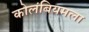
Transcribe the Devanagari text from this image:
कोलंबियमला